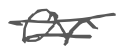
Text: or
Cross-out: double-line
Writing tool: digital_gray